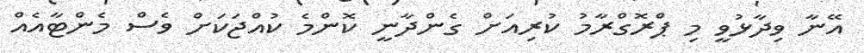
އޭނާ ވިދާޅުވީ މި ޕްރޮގްރާމު ކުރިއަށް ގެންދާނީ ކޮންމެ ކުއްޖަކަށް ވެސް މެންޓާއެއް